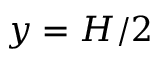
y = H / 2